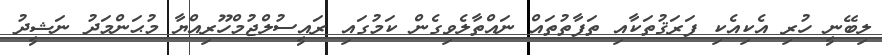
ލިބޭނީ ހުރި އެކިއެކި ފަރަޤުތަކާއި ތަފާތުތައް ނައްތާލެވިގެން ކަމުގައި ރައީސުލްޖުމްހޫރިއްޔާ މުޙަންމަދު ނަޝީދު